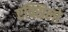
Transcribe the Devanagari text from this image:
एक्सिलो